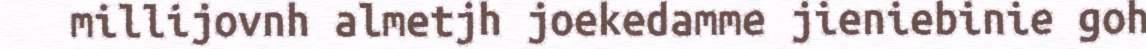
millijovnh almetjh joekedamme jieniebinie goh